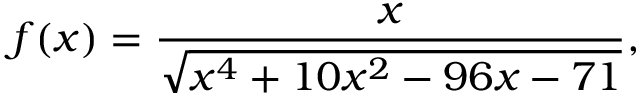
f ( x ) = { \frac { x } { \sqrt { x ^ { 4 } + 1 0 x ^ { 2 } - 9 6 x - 7 1 } } } ,